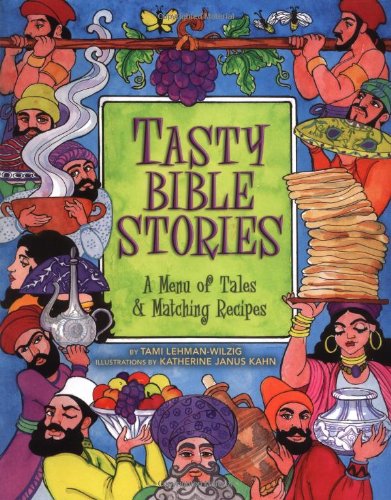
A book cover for Tasty Bible Stories: A Menu of Tales & Matching Recipes; Tami Lehman-Wilzig; Cookbooks, Food & Wine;